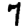
Digit: 7